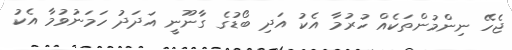
ޖެހޭ ނިންމުންތަކެއް ހުރުމާ އެކު އަދި ބޯޑުގެ ގާނޫނީ އަދަދު ހަމަނުވުމާ އެކު